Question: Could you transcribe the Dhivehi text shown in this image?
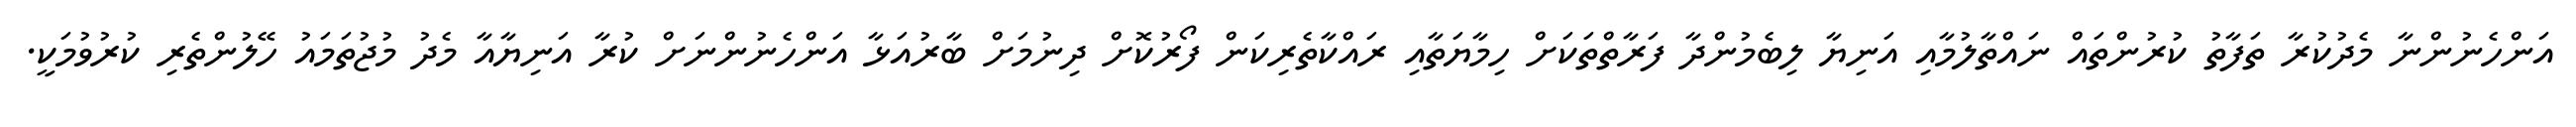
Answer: އަންހެނުންނާ މެދުކުރާ ތަފާތު ކުރުންތައް ނައްތާލުމާއި އަނިޔާ ލިބެމުންދާ ފަރާތްތަކަށް ހިމާޔަތާއި ރައްކާތެރިކަން ފޯރުކޮށް ދިނުމަށް ބާރުއަޅާ އަންހެނުންނަށް ކުރާ އަނިޔާއާ މެދު މުޖުތަމައު ހޭލުންތެރި ކުރުވުމަކީ.